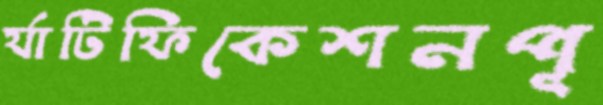
র‍্যাটিফিকেশনপূ